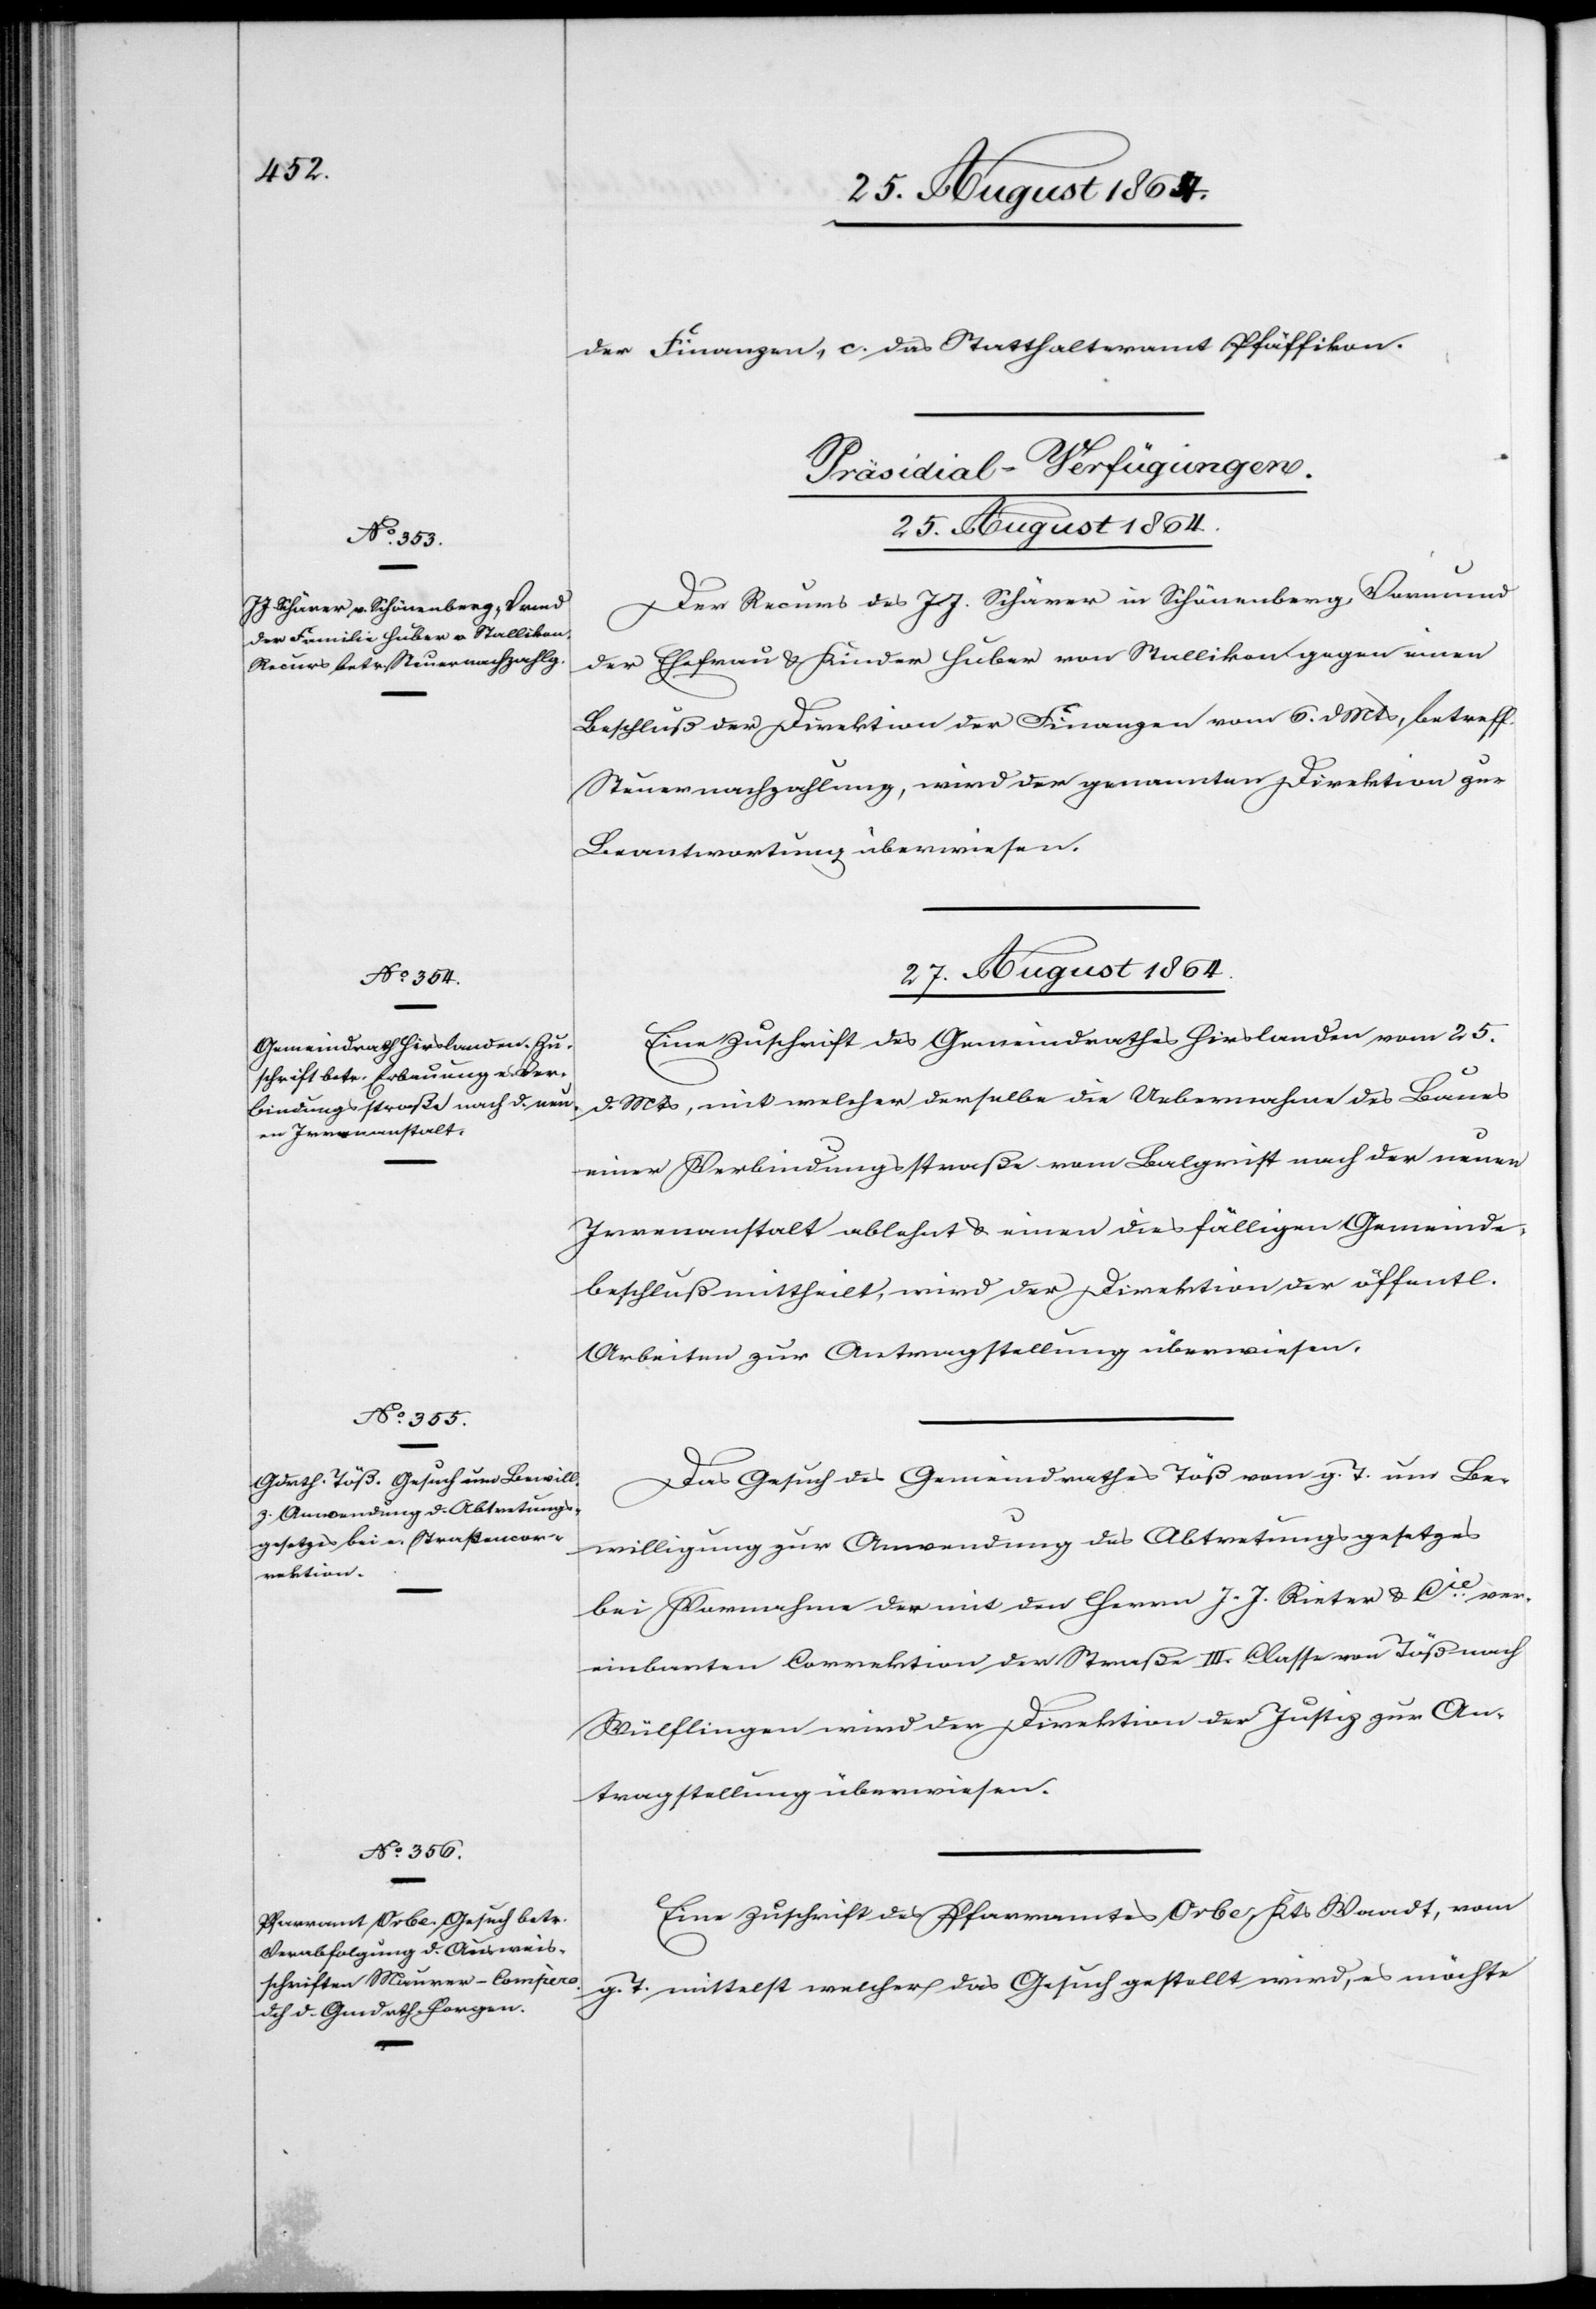
der Finanzen, c. das Statthalteramt Pfäffikon.
[Präsidial-Verfügungen.
25. August 1864.
Der Recurs des J. J. Schärer in Schönenberg, Vormund
der Ehefrau & Kinder Huber von Stallikon gegen einen
Beschluß der Direktion der Finanzen vom 6. d. Mts, betreff.
Steuernachzahlung, wird der genannten Direktion zur
Beantwortung überwiesen.
27. August 1864.]
Eine Zuschrift des Gemeindrathes Hirslanden vom 25.
d. Mts, mit welcher derselbe die Uebernahme des Baues
einer Verbindungsstraße von Balgrist nach der neuen
Irrenanstalt ablehnt & einen diesfälligen Gemeinde¬
beschluß mittheilt, wird der Direktion der öffentl.
Arbeiten zur Antragstellung überwiesen.
Das Gesuch des Gemeindrathes Töß vom g. T. um Be¬
willigung zur Anwendung des Abtretungsgesetzes
bei Vornahme der mit den Herrn J. J. Rieter & Cie. ver¬
einbarten Correktion der Straße III. Classe von Töß nach
Wülflingen wird der Direktion der Justiz zur An¬
tragstellung überwiesen.
Eine Zuschrift des Pfarramtes Orbe, Kts. Waadt, vom
g. T. mittelst welcher das Gesuch gestellt wird, es möchte